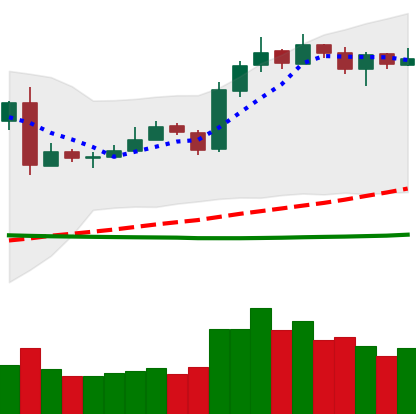
Ticker: LTC-USD
Chart end date: 2019-03-14
Forward return: 7.125%
Label: up_7plus